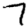
Digit: 7